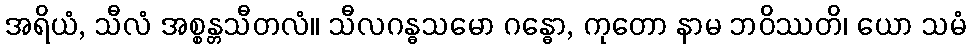
အရိယံ, သီလံ အစ္စန္တသီတလံ။ သီလဂန္ဓသမော ဂန္ဓော, ကုတော နာမ ဘဝိဿတိ၊ ယော သမံ